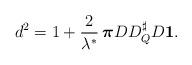
LaTeX: \begin{align*}d^2= 1+\frac{2}{\lambda^*}\, {\boldsymbol{\pi}}D D_Q^{\sharp} D \mathbf{1}.\end{align*}